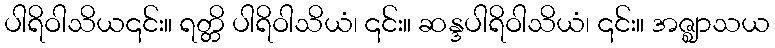
ပါရိဝါသိယ၎င်း။ ရတ္တိ ပါရိဝါသိယံ၊ ၎င်း။ ဆန္ဒပါရိဝါသိယံ၊ ၎င်း။ အဇ္ဈာသယ